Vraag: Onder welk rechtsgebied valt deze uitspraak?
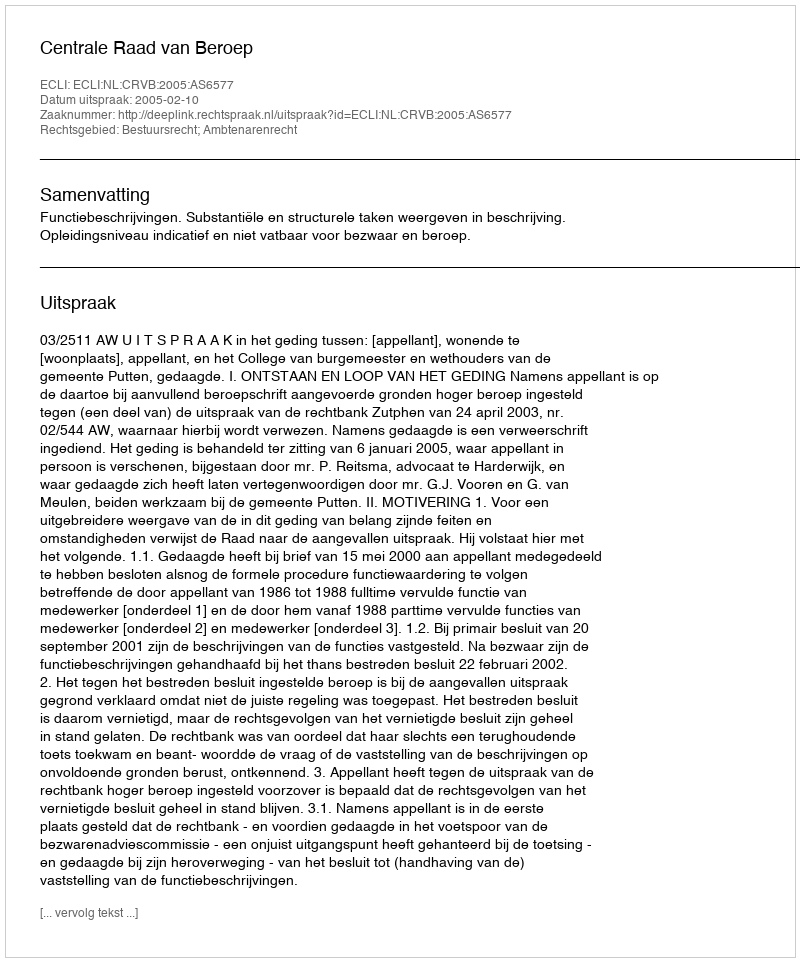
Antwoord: Bestuursrecht; Ambtenarenrecht